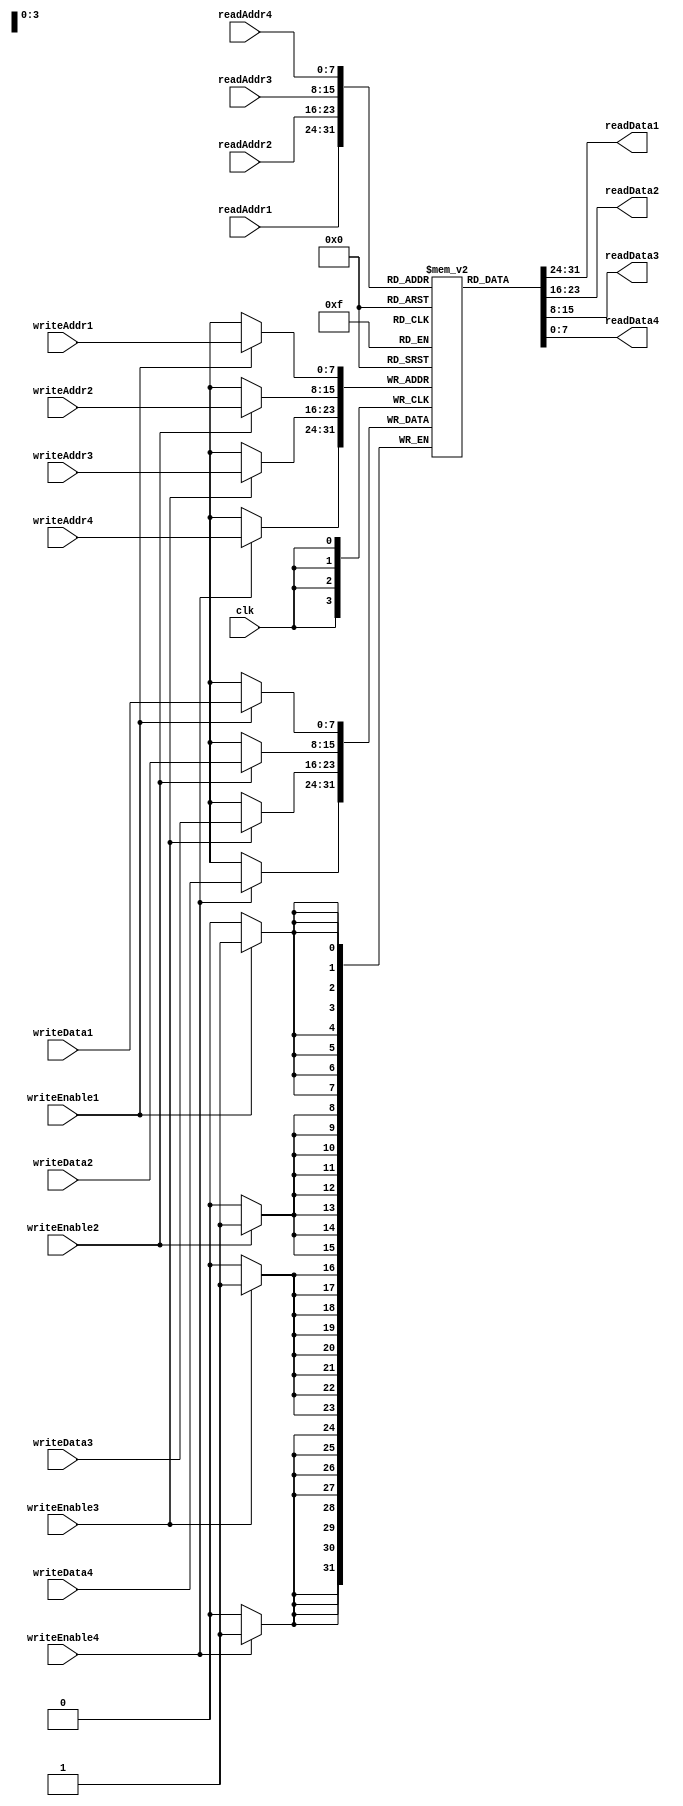
module QuadPortRegisterFile (
    input wire clk,
    input wire [7:0] writeAddr1,
    input wire [7:0] writeData1,
    input wire writeEnable1,
    output wire [7:0] readData1,
    input wire [7:0] readAddr1,
    
    input wire [7:0] writeAddr2,
    input wire [7:0] writeData2,
    input wire writeEnable2,
    output wire [7:0] readData2,
    input wire [7:0] readAddr2,
    
    input wire [7:0] writeAddr3,
    input wire [7:0] writeData3,
    input wire writeEnable3,
    output wire [7:0] readData3,
    input wire [7:0] readAddr3,
    
    input wire [7:0] writeAddr4,
    input wire [7:0] writeData4,
    input wire writeEnable4,
    output wire [7:0] readData4,
    input wire [7:0] readAddr4
);

reg [7:0] memory [255:0];

always @(posedge clk) begin
    if(writeEnable1) begin
        memory[writeAddr1] <= writeData1;
    end
    if(writeEnable2) begin
        memory[writeAddr2] <= writeData2;
    end
    if(writeEnable3) begin
        memory[writeAddr3] <= writeData3;
    end
    if(writeEnable4) begin
        memory[writeAddr4] <= writeData4;
    end
end

assign readData1 = memory[readAddr1];
assign readData2 = memory[readAddr2];
assign readData3 = memory[readAddr3];
assign readData4 = memory[readAddr4];

endmodule